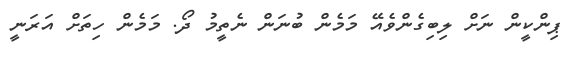
ޕިންކީން ނަށް ލިބިގެންވެއޭ މަމެން ބުނަން ނެތީމު ދޯ. މަމެން ހިތަށް އަރަނީ